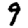
Digit: 9